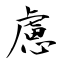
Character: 慮